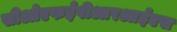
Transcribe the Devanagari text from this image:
सीओएफईपीआरआईएस